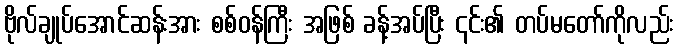
ဗိုလ်ချုပ်အောင်ဆန်းအား စစ်ဝန်ကြီး အဖြစ် ခန့်အပ်ပြီး ၎င်း၏ တပ်မတော်ကိုလည်း